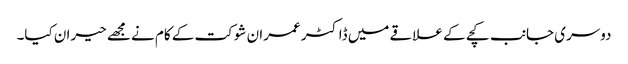
دوسری جانب کچے کے علاقے میں ڈاکٹر عمران شوکت کے کام نے مجھے حیران کیا۔